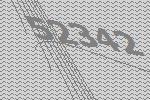
52342